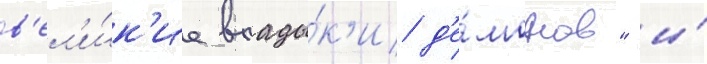
в'ел'и́к'ие влады́к'и д'е́монов" и́